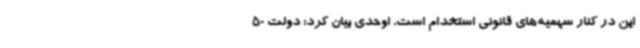
این در کنار سهمیه‌های قانونی استخدام است. اوحدی بیان کرد: دولت 50